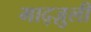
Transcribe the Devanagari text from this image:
माद्ज़ुली